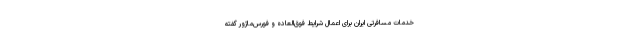
خدمات مسافرتی ایران برای اعمال شرایط فوق‌العاده و فورس‌ماژور گفته